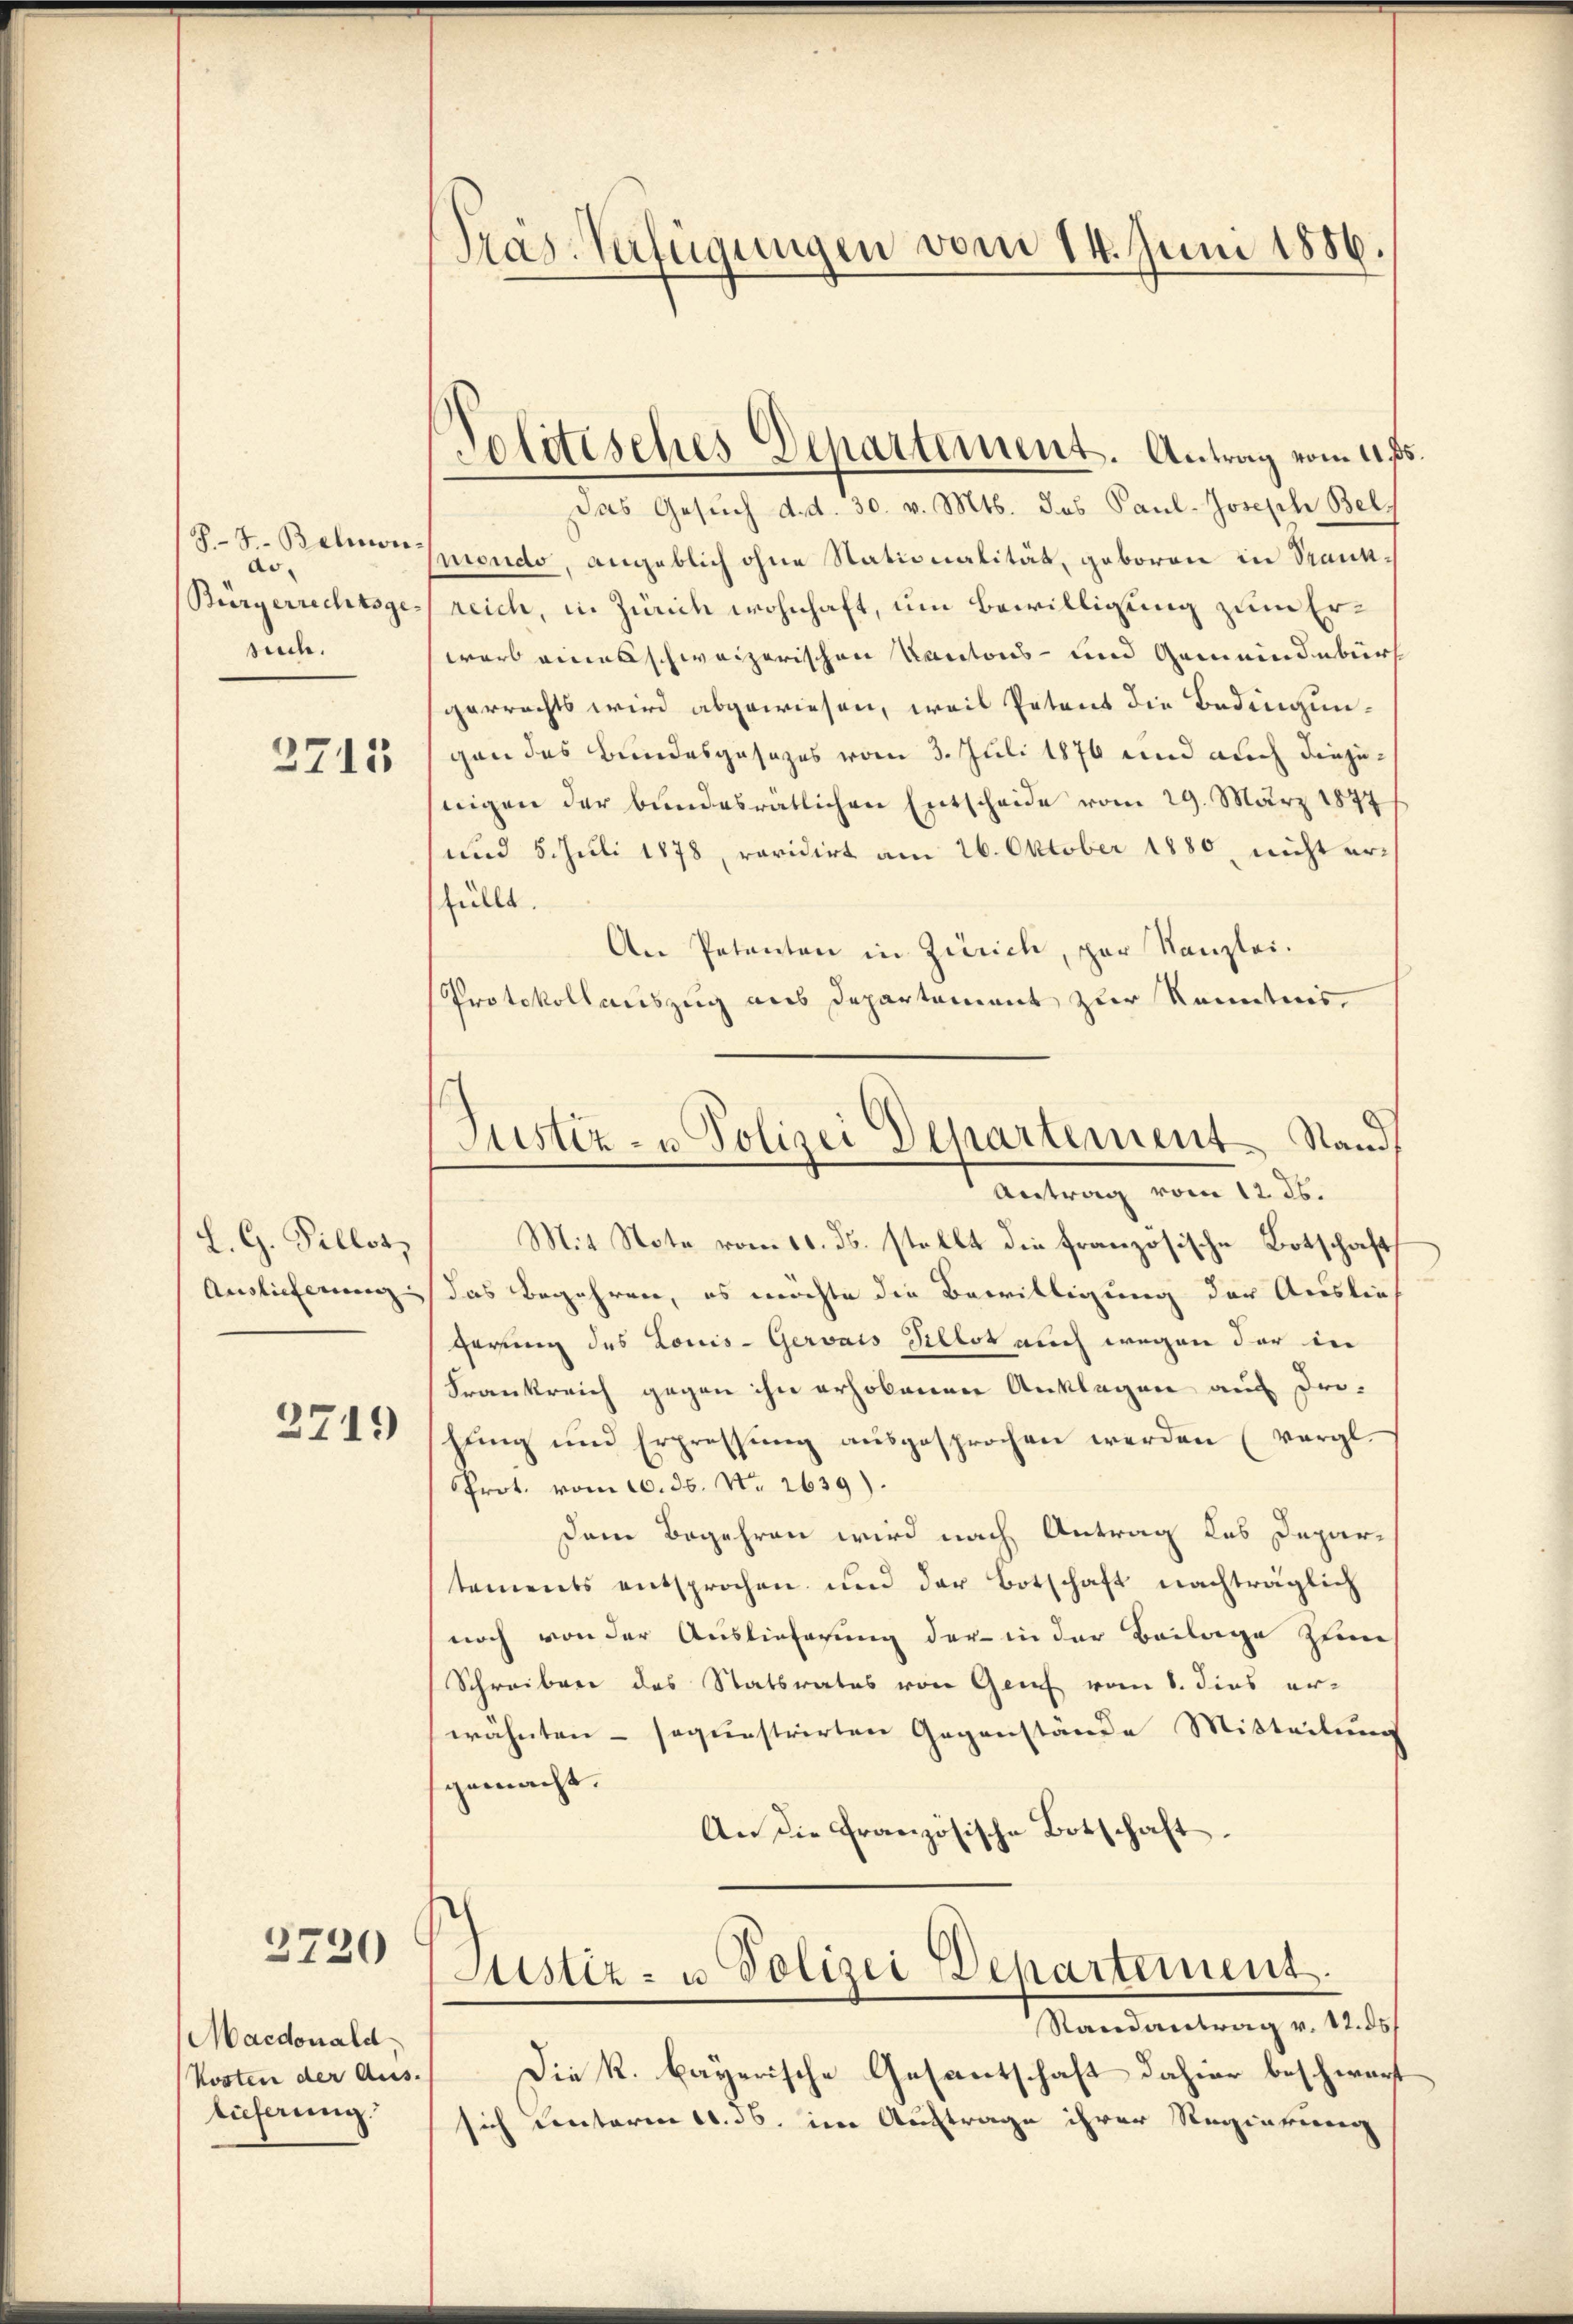
J.F. Balmon
ao
Burgerrechtsge-
suc.

3711

L. G. Fillos,
Auslieferung |

2719

3720

Maedonald
Kosten der Aus-
ticherung.

Tras-Verfügungen vom 14. Juni 1886.

Politisches Departement. Antrag vom 4. ß.

Justiz- u Polizei Departement Stand

Das Gesuch d. d. 30. v. Mts. das Paul-Joseph Belondo, angeblich ohne Stationalität, geboren in Trankreich, in Zürich wohnhaft, um Bewilligung zum Erwarb eines schweizerischen Kantons- und Gemeindebürt
gerrechts wird abgewiesen, weil Petent die Bedingungen des Bundesgesezes vom 3. Juli 1876 und auch diejenigen der bundesratlichen Entscheide vom 29. März 1877
und 5. Juli 1878, revidirt am 26. Oktober 1880, nicht erfüllt.
An Petenten in Zürich, par Kanzlei.
Protokollauszug aus Departement zur Kenntnis,
Antrag vom 12. ds.
Mit Note vom 10. ds. stellt die französische Botschaft
Das Begehren, es möchte die Bewilligung der Auslief
gerung des Louis-Gervais Pillot auch wegen der in
Frankreich gegen ihn erhobenen Anklagen aus Drohŭng und Erpressŭng aŭsgesprochen werden (vergl.
Prot. vom 10. ds. No. 2639).
Dem Begehren wird nach Antrag des Depar-
tements entsprochen und der Botschaft nachträglich
noch von der Auslieferung der in der Beilage zum
Schreiben des Statsrates von Genf vom 8. dies erwähnten – sequestrirten Gegenstände Mitteilung
gemacht.
An die Französische Botschaft.
Justiz- u. Polizei Departement.
Randantrag v. 12. ds
Die k. bayerische Gesantschaft dahier beschwart
sich Lentaren 1. 36. in Auftrage ihrer Regierung